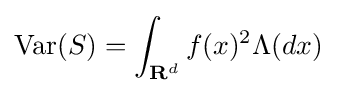
\operatorname {Var} (S)=\int _{{\textbf {R}}^{d}}f(x)^{2}\Lambda (dx)